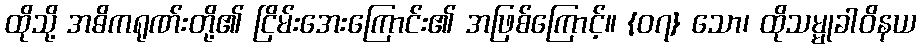
ထိုသို့ အဓိကရုဏ်းတို့၏ ငြိမ်းအေးကြောင်း၏ အဖြစ်ကြောင့်။ {၀၇} သော၊ ထိုသမ္မုခါဝိနယ